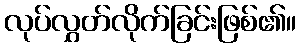
လုပ်လွှတ်လိုက်ခြင်းဖြစ်၏။